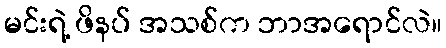
မင်းရဲ့ ဖိနပ် အသစ်က ဘာအရောင်လဲ။